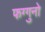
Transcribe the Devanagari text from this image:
फग्गुनो